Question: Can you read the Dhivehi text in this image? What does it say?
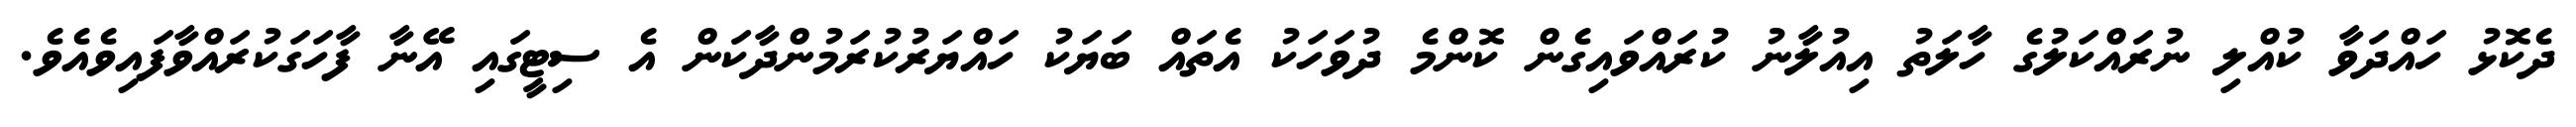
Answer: ދެކޮޅު ހައްދަވާ ކުއްލި ނުރައްކަލުގެ ހާލަތު އިއުލާނު ކުރައްވައިގެން ކޮންމެ ދުވަހަކު އެތައް ބަޔަކު ހައްޔަރުކުރަމުންދާކަން އެ ސިޓީގައި އޭނާ ފާހަގަކުރައްވާފައިވެއެވެ.